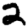
Digit: 2